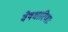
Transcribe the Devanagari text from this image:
वेषधारिणाः